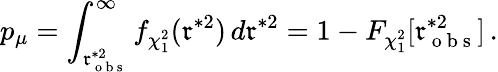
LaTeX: p_{\mu}=\int_{\mathfrak{r}_{\mathrm{{~o~b~s~}}}^{\ast2}}^{\infty}f_{\chi_{1}^{2}}(\mathfrak{r}^{\ast2})\, d\mathfrak{r}^{\ast2}=1-F_{\chi_{1}^{2}}[\mathfrak{r}_{\mathrm{{~o~b~s~}}}^{\ast2}]\, .